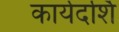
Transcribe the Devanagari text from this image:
कार्यदर्शि